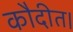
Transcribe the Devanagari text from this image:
कौदीत।